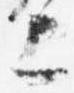
上